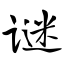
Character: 谜